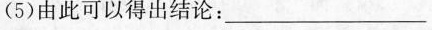
(5)由此可以得出结论：______